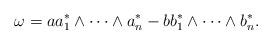
LaTeX: \begin{gather*}\omega =a a_1^*\wedge \cdots \wedge a_n^* - b b_1^*\wedge \cdots \wedge b_n^*.\end{gather*}